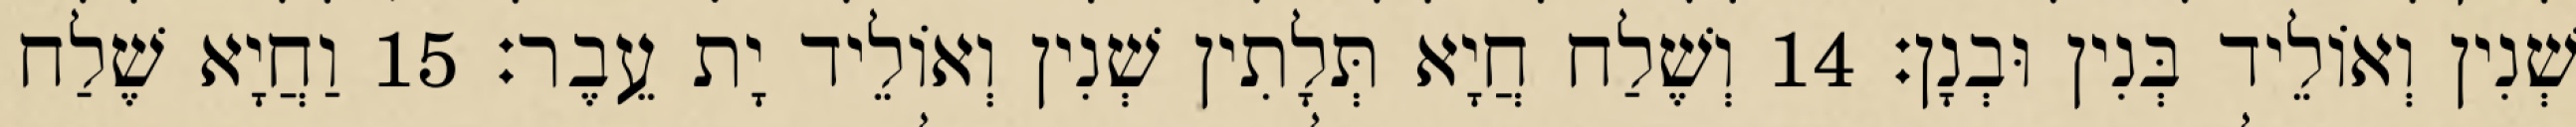
שְׁנִין וְאוֹלֵיד בְּנִין וּבְנָן׃ 14 וְשֶׁלַח חֲיָא תְּלָתִין שְׁנִין וְאוֹלֵיד יָת עֵבֶר׃ 15 וַחֲיָא שֶׁלַח